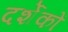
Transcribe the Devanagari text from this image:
दर्शेकों